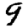
Digit: 9